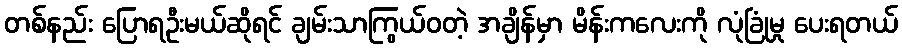
တစ်နည်း ပြောရဦးမယ်ဆိုရင် ချမ်းသာကြွယ်ဝတဲ့ အချိန်မှာ မိန်းကလေးကို လုံခြုံမှု ပေးရတယ်